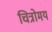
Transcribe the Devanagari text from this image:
चित्रोमय